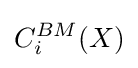
C_{i}^{BM}(X)